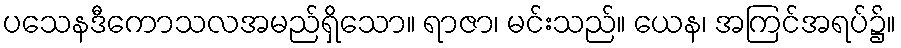
ပသေနဒီကောသလအမည်ရှိသော။ ရာဇာ၊ မင်းသည်။ ယေန၊ အကြင်အရပ်၌။